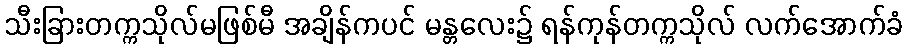
သီးခြားတက္ကသိုလ်မဖြစ်မီ အချိန်ကပင် မန္တလေး၌ ရန်ကုန်တက္ကသိုလ် လက်အောက်ခံ